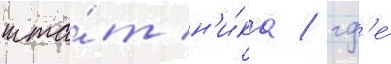
шта́т н'и́ка / гд'е́